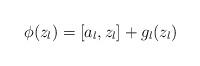
LaTeX: \begin{align*} \phi(z_l) = [a_l, z_l] + g_l(z_l)\end{align*}